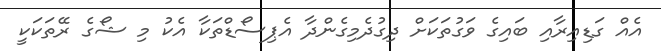
އެއް ގަޑިއިރާއި ބައިގެ ވަގުތަކަށް ދިގުދެމިގެންދާ އެޕިސޯޑްތަކާ އެކު މި ޝޯގެ ރޭތަކަކީ